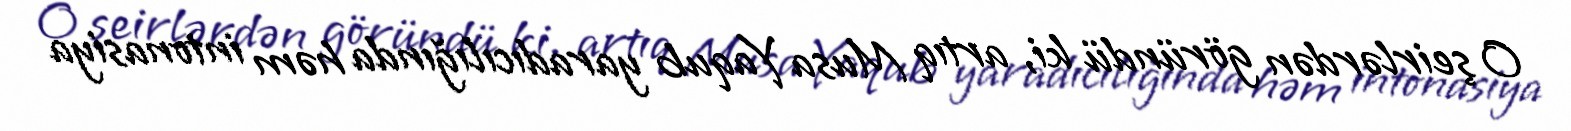
O şeirlərdən göründü ki, artıq Musa Yaqub yaradıcılığında həm intonasiya